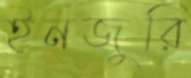
ইনজুরি